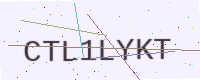
Text: CTL1LYKT